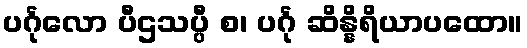
ပင်္ဂုလော ပီဌသပ္ပီ စ၊ ပင်္ဂု ဆိန္နိရိယာပထော။